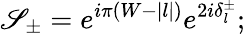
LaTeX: \mathscr{S}_{\pm}=e^{i\pi(W-|l|)}e^{2i\delta_{l}^{\pm}};